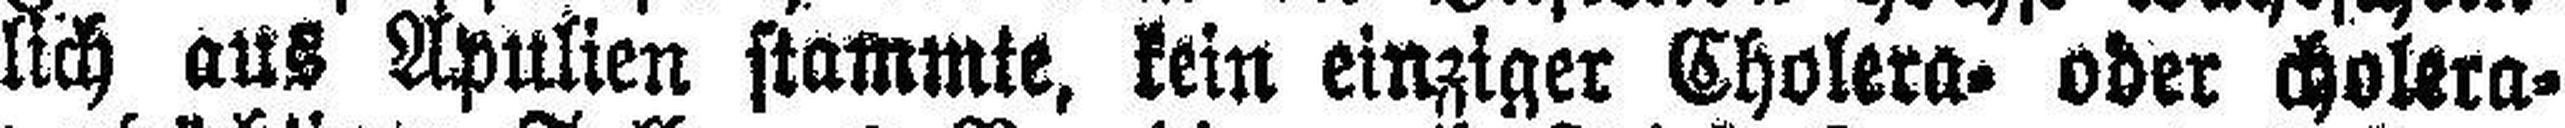
lich aus Apulien stammte, kein einziger Cholera= oder cholera¬